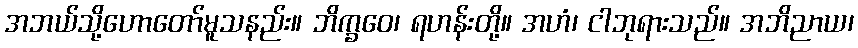
အဘယ်သို့ဟောတော်မူသနည်း။ ဘိက္ခဝေ၊ ရဟန်းတို့။ အဟံ၊ ငါဘုရားသည်။ အဘိညာယ၊